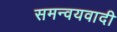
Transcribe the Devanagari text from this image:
समन्‍वयवादी